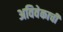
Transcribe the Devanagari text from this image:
अविवेकाची